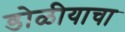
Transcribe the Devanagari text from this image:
डोळीयाचा